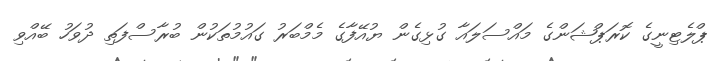
ޕްލެޓިނީގެ ކޮރަޕްޝަންގެ މައްސަލައާ ގުޅިގެން ޔުއޭފާގެ މެމްބަރު ގައުމުތަކުން ބުރާސްފަތި ދުވަހު ބޭއްވި